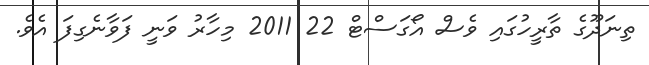
ތިނަދޫގެ ތާރީހުގައި ވެސް އޯގަސްޓް 22 2011 މިހާރު ވަނީ ފަވާނެގިފަ އެވެ.